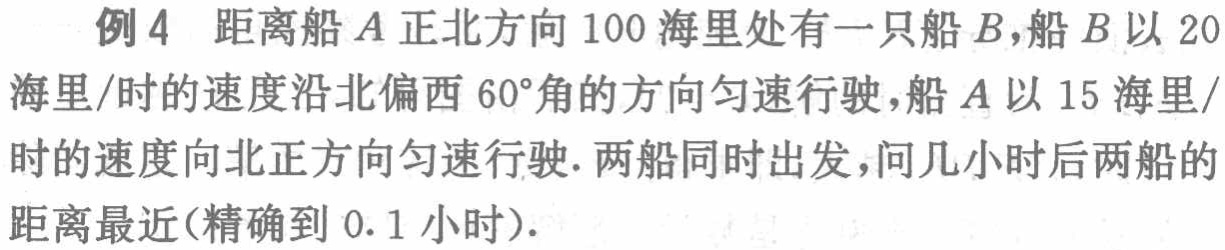
例4 距离船\(A\)正北方向\(100\)海里处有一只船\(B\)，船\(B\)以\(20\)海里/时的速度沿北偏西\(60^{\circ}\)角的方向匀速行驶，船\(A\)以\(15\)海里/时的速度向北正方向匀速行驶. 两船同时出发，问几小时后两船的距离最近(精确到\(0.1\)小时).